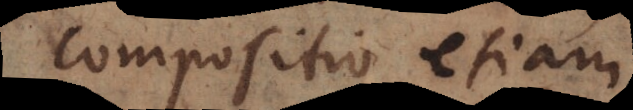
Compositio etiam